Hæmogregarina gerbilli - Number 18
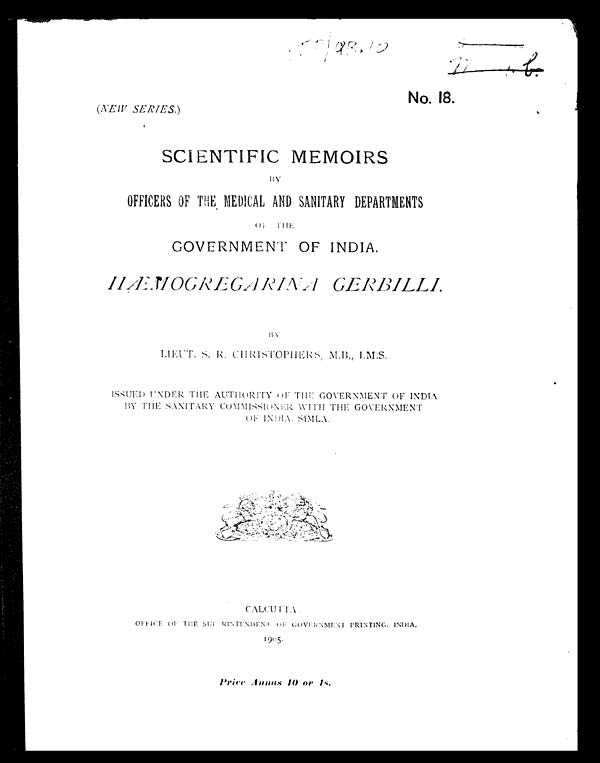
No. 18.
( NEW SERIES. )
SCIENTIFIC MEMOIRS
BY OFFICERS OF THE MEDICAL AND SANITARY DEPARTMENTS
O F T H E
GOVERNMENT OF INDIA.
HÆMOGREGARINA GERBILLI.
BY
L I E UT . S . R. CHRI S T OP HE RS , M. B. , I . M. S .
ISSUED UNDER THE AUTHORITY OF THE GOVERNMENT OF INDIA
BY THE SANITARY COMMISSIONER WITH THE GOVERNMENT
OF INDIA.SIMLA.
CALCUTTA .
OFFICE OF THE SUPERINTENDENT OF GOVERNMENT PRINTING, INDIA.
1905.
Price Annas 10 or 1s.